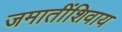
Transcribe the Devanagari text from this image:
जमातींशिवाय